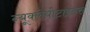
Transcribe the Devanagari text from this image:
न्यूक्लेयोटाइडस